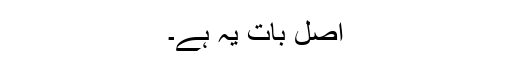
اصل بات یہ ہے۔